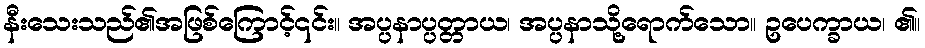
နီးသေးသည်၏အဖြစ်ကြောင့်၎င်း။ အပ္ပနာပ္ပတ္တာယ၊ အပ္ပနာသို့ရောက်သော။ ဥပေက္ခာယ၊ ၏။